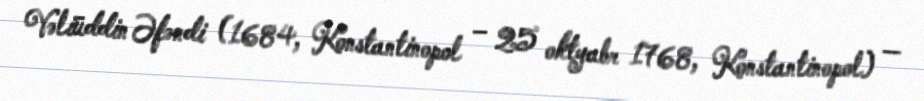
Vəliüddin Əfəndi (1684, Konstantinopol – 25 oktyabr 1768, Konstantinopol) —